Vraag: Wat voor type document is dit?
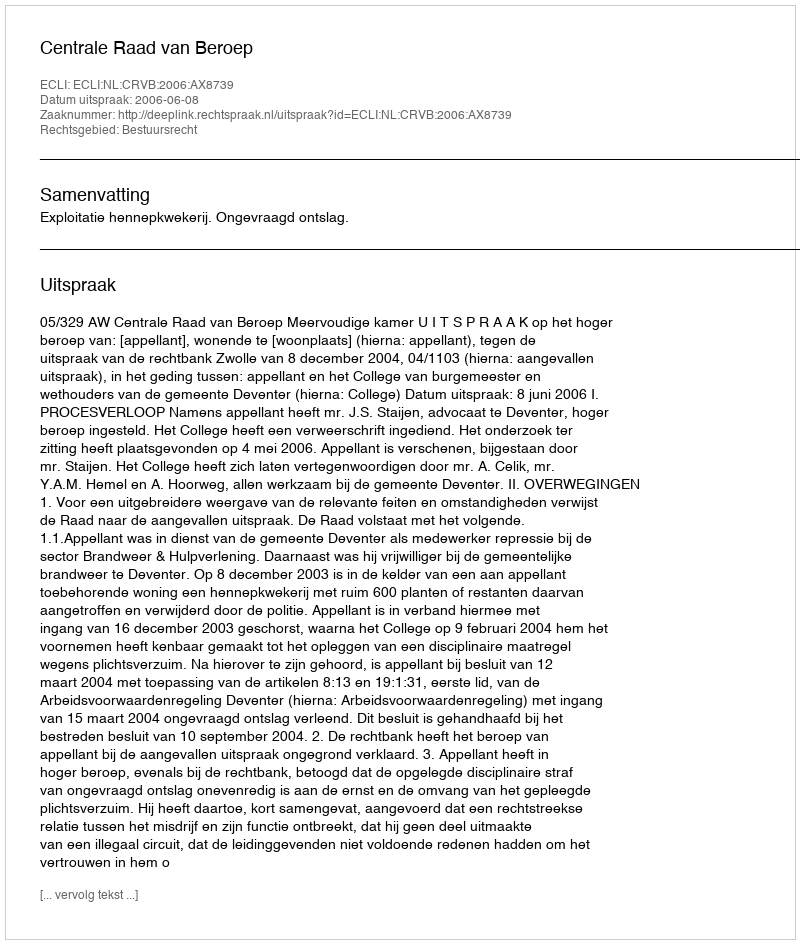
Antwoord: Uitspraak